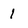
Character: 1